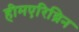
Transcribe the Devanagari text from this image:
हीमएरिथ्रिन